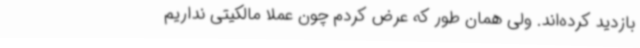
بازدید کرده‌اند. ولی همان طور که عرض کردم چون عملا مالکیتی نداریم